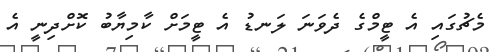
މެޗުގައި އެ ޓީމްގެ ދެވަނަ ލަނޑު އެ ޓީމަށް ކާމިޔާބު ކޮށްދިނީ އެ